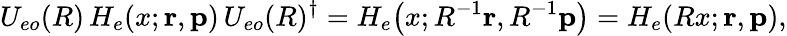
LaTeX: U_{eo}(R)\, H_{e}(x;{\mathbf{r}},{\mathbf{p}})\, U_{eo}(R)^{\dagger}=H_{e}\bigl(x;R^{-1}{\mathbf{r}},R^{-1}{\mathbf{p}}\bigr)=H_{e}(Rx;{\mathbf{r}},{\mathbf{p}}),